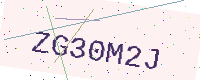
Text: ZG30M2J